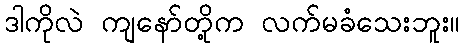
ဒါကိုလဲ ကျနော်တို့က လက်မခံသေးဘူး။